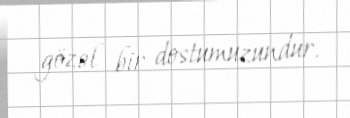
gözəl bir dostumuzundur.